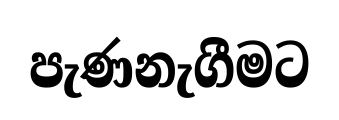
පැණනැගීමට